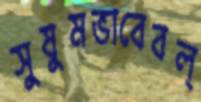
সুষুমভাবেবল্